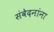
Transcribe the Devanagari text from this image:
संवेदनांना